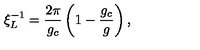
\xi _ { L } ^ { - 1 } = { \frac { 2 \pi } { g _ { c } } } \left( 1 - { \frac { g _ { c } } { g } } \right) ,